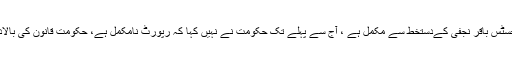
انکا کہنا تھا کہ انصاف کا دروازہ کھلتا ہوا نظر آرہا ہے ، لاتوں کے بھوت باتوں سے نہیں مانتے ، رپورٹ جسٹس باقر نجفی کےدستخط سے مکمل ہے ، آج سے پہلے تک حکومت نے نہیں کہا کہ رپورٹ نامکمل ہے، حکومت قانون کی بالادستی سے کھلا انکار کررہی ہے، حکومتی وزیر3سال تک کہتے رہے رپورٹ شائع کرنےمیں اعتراض نہیں۔